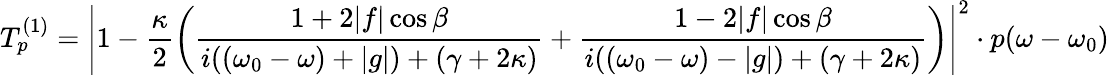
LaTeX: T_{p}^{(1)}=\left|1-\frac{\kappa}{2}\left(\frac{1+2|f|\cos\beta}{i((\omega_{0}-\omega)+|g|)+(\gamma+2\kappa)}+\frac{1-2|f|\cos\beta}{i((\omega_{0}-\omega)-|g|)+(\gamma+2\kappa)}\right)\right|^{2}\cdot p(\omega-\omega_{0})